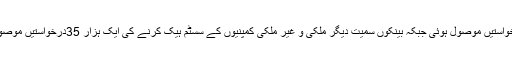
ایف آئی اے کے مطابق ان کو آن لائن بینکنگ اور کریڈٹ کارڈز فراڈ کی 554درخواستیں موصول ہوئی جبکہ بینکوں سمیت دیگر ملکی و غیر ملکی کمپنیوں کے سسٹم ہیک کرنے کی ایک ہزار 35درخواستیں موصول ہوئی ان میں سے 2998درخواستیں آن لائن ،1898 آفس میں جمع کروائی گئی۔